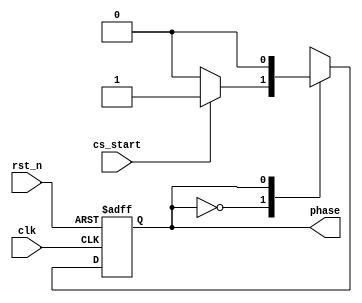
module mul_fsm(clk, rst_n, cs_start, phase);

        input           clk;            // Clock
        input           rst_n;          // nReset
        input		cs_start;	// Start
        output     	phase;          // Current state 
        
        // BINARY ENCODED state machine:
        // State codes definitions:
        parameter       ST_P1   = 1'b0;
        parameter       ST_P2   = 1'b1;
        
        reg        	curr_state, next_state;
        
        //=============================================================
        //      main code
        //=============================================================      
        // Current State Logic (sequential)
        always @ (negedge clk or negedge rst_n)
        begin
                if(~rst_n)      // an asynchronous rst
                        curr_state = ST_P1;
                else
                        curr_state = next_state;
        end
        
        
        // NextState logic (combinatorial)
        always @ (curr_state or cs_start)
        begin
                case (curr_state)
                        ST_P1:     next_state = (cs_start)?ST_P2:ST_P1;
                        ST_P2:     next_state = ST_P1;
                endcase
        end
        
        assign  phase = curr_state;
        
endmodule